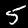
Digit: 5